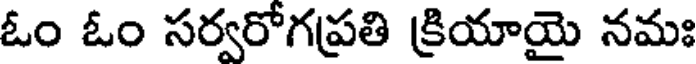
ఓం ఓం సర్వరోగప్రతి క్రియాయై నమః